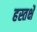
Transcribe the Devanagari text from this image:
हस्तर्क्षे